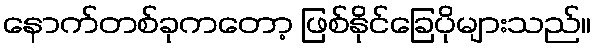
နောက်တစ်ခုကတော့ ဖြစ်နိုင်ခြေပိုများသည်။